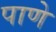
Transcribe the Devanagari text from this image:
पाणे